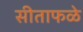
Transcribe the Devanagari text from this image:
सीताफळे